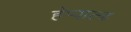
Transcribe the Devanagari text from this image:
हॅप्पाल्ड